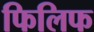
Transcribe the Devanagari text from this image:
फिलिफ